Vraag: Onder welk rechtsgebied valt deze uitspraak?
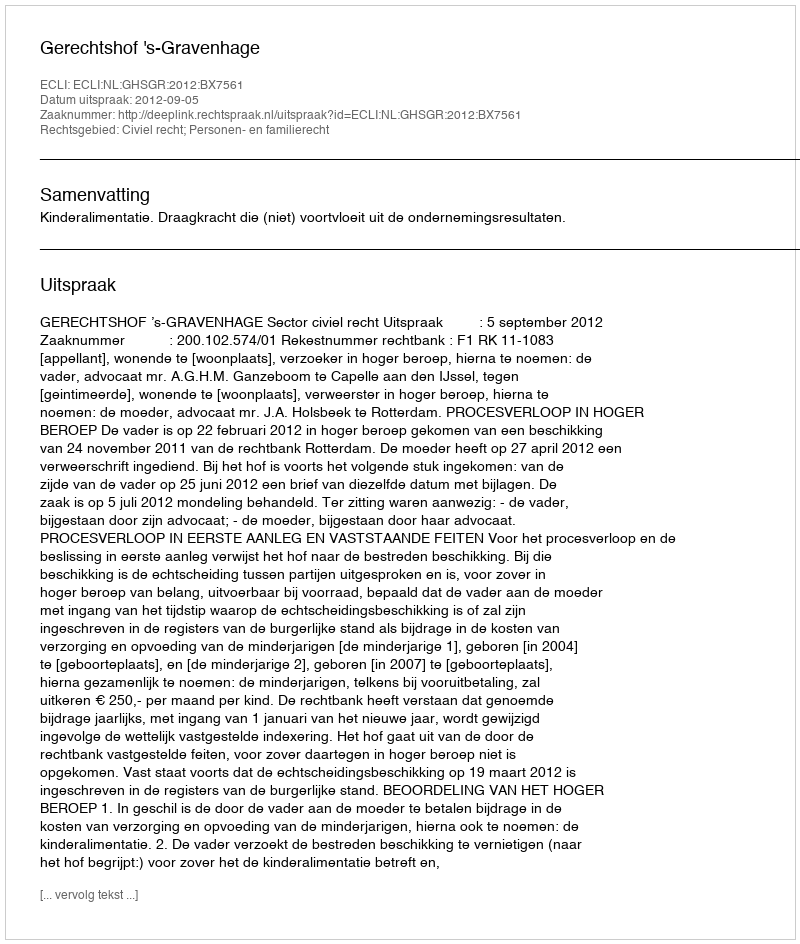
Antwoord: Civiel recht; Personen- en familierecht